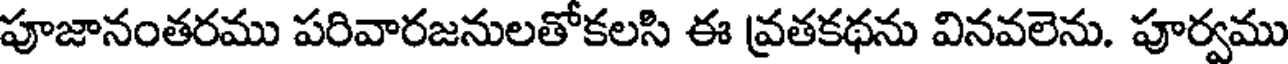
పూజానంతరము పరివారజనులతోకలసి ఈ వ్రతకథను వినవలెను. పూర్వము